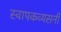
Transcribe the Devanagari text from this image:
स्वापकव्यसनी